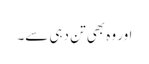
اور وہ بھی تن دہی سے۔